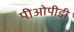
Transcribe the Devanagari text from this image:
पीओपीडी